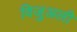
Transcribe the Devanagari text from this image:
विजुअली